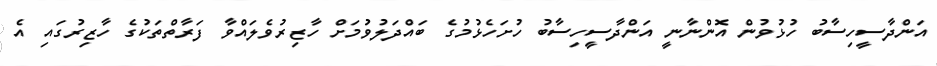
އަންދާސީހިސާބު ހުޅުވުން އޮންނާނީ އަންދާސީހިސާބު ހުށަހެޅުމުގެ ބައްދަލުވުމަށް ހާޒިރުވެލައްވާ ފަރާތްތަކުގެ ހާޒިރުގައި އެ